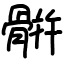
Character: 骿